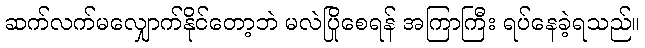
ဆက်လက်မလျှောက်နိုင်တော့ဘဲ မလဲပြိုစေရန် အကြာကြီး ရပ်နေခဲ့ရသည်။